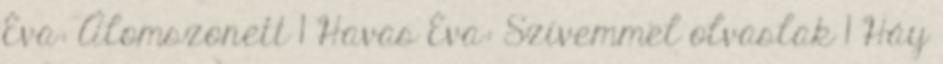
Éva: Álomszonett 1 Havas Éva: Szívemmel olvaslak 1 Háy